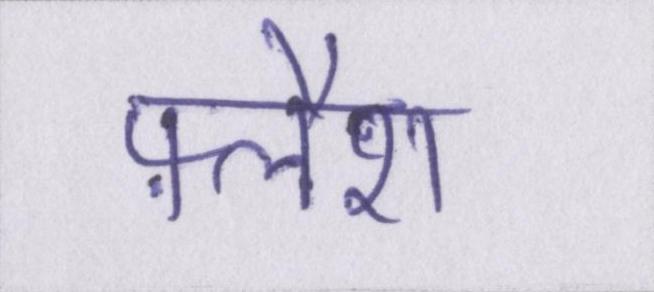
फ़्लैश